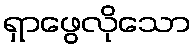
ရှာဖွေလိုသော